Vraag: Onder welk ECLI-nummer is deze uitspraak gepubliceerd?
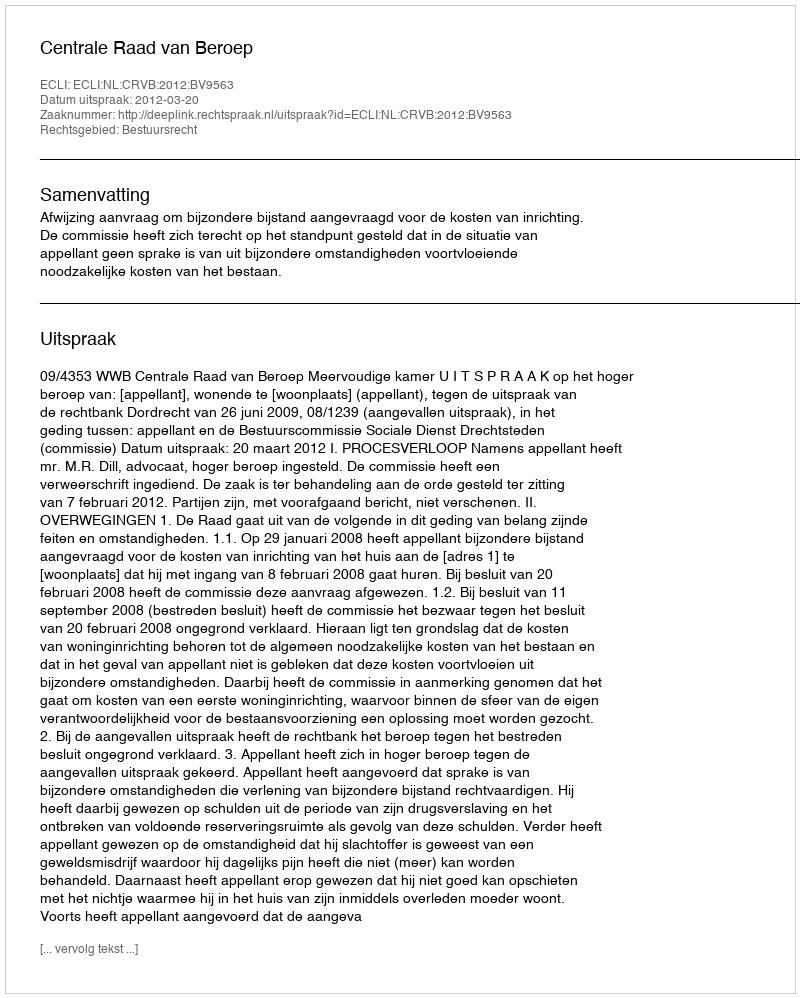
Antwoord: ECLI:NL:CRVB:2012:BV9563